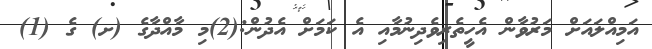
އަމިއްލައަށް މަރުވާން އެހީތެރިވެދިނުމާއި އެ ކަމަށް އެދުން:(2)މި މާއްދާގެ (ށ) ގެ (1)